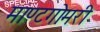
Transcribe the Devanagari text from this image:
माण्टगोमरी